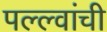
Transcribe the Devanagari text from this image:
पल्ल्वांची